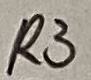
Text: R3